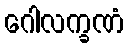
ဂေါလက္ခဏံ